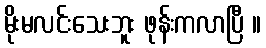
မိုးမလင်းသေးဘူး ဖုန်းကလာပြီ ။